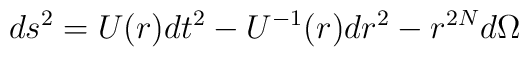
ds^2=U(r)dt^2-U^{-1}(r)dr^2-r^{2N}d\Omega